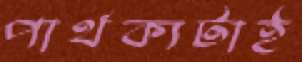
পার্থক্যটাই